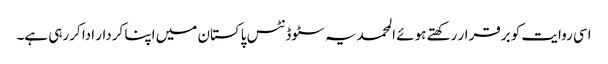
اسی روایت کو برقرار رکھتے ہوئے المحمدیہ سٹوڈنٹس پاکستان میں اپنا کردار ادا کررہی ہے۔